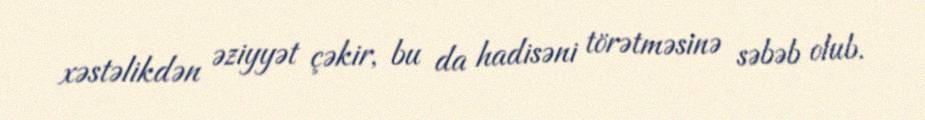
xəstəlikdən əziyyət çəkir, bu da hadisəni törətməsinə səbəb olub.